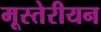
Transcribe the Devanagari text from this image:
मूस्तेरीयन